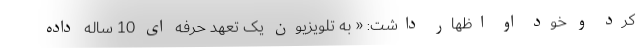
کرد و خود او اظهار داشت: « به تلویزیون یک تعهد حرفه ای 10 ساله داده